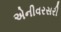
એનીવરસરી